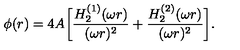
\phi ( r ) = 4 A \biggl [ { \frac { H _ { 2 } ^ { ( 1 ) } ( \omega r ) } { ( \omega r ) ^ { 2 } } } + { \frac { H _ { 2 } ^ { ( 2 ) } ( \omega r ) } { ( \omega r ) ^ { 2 } } } \biggr ] .